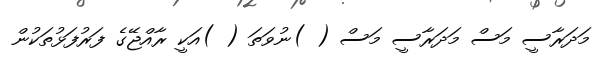
މަދަރާސީ މަސް މަދަރާސީ މަސް ( )ނުވަތަ ( )އަކީ ރާއްޖޭގެ ފަރުފަޅުތަކުން